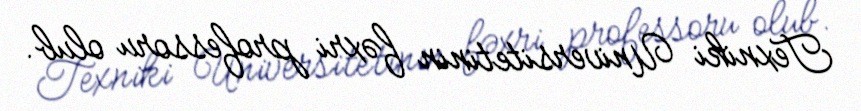
Texniki Universitetinin fəxri professoru olub.